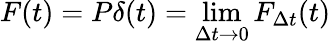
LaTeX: F(t)=P\delta(t)=\operatorname*{lim}_{\Delta t\to 0}F_{\Delta t}(t)